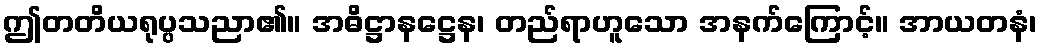
ဤတတိယရုပ္ပသညာ၏။ အဓိဋ္ဌာနဋ္ဌေန၊ တည်ရာဟူသော အနက်ကြောင့်။ အာယတနံ၊